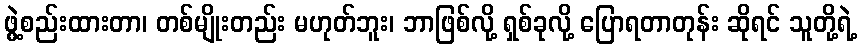
ဖွဲ့စည်းထားတာ၊ တစ်မျိုးတည်း မဟုတ်ဘူး၊ ဘာဖြစ်လို့ ရှစ်ခုလို့ ပြောရတာတုန်း ဆိုရင် သူတို့ရဲ့